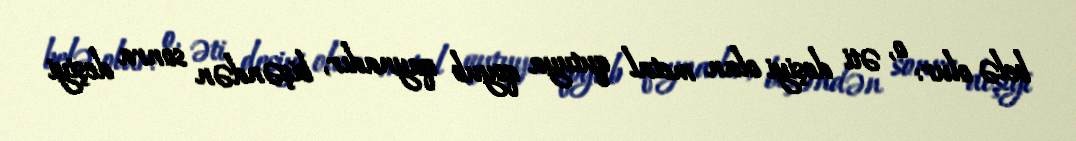
belə olur: o, əti deşiyi olan metal qutuya qoyub qaynadır, bişəndən sonra deşiyi